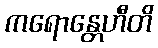
ကရောန္တေဟီတိ